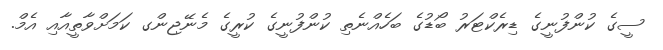
ސީގެ ކުންފުނީގެ ޑިރެކްޓަރު ބޯޑުގެ ބަހެއްނެތި ކުންފުނީގެ ކުރީގެ މެނޭޖިންގ ކަމަށްވާތީއާއި އެމް.